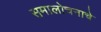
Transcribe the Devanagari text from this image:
समालोचनाचे